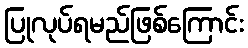
ပြုလုပ်ရမည်ဖြစ်ကြောင်း